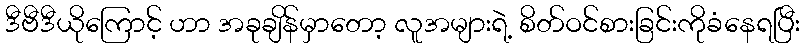
ဒီဗီဒီယိုကြောင့် ဟာ အခုချိန်မှာတော့ လူအများရဲ့ စိတ်ဝင်စားခြင်းကိုခံနေရပြီး